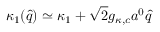
\kappa _ { 1 } ( \hat { q } ) \simeq \kappa _ { 1 } + \sqrt { 2 } g _ { \kappa , c } a ^ { 0 } \hat { q }